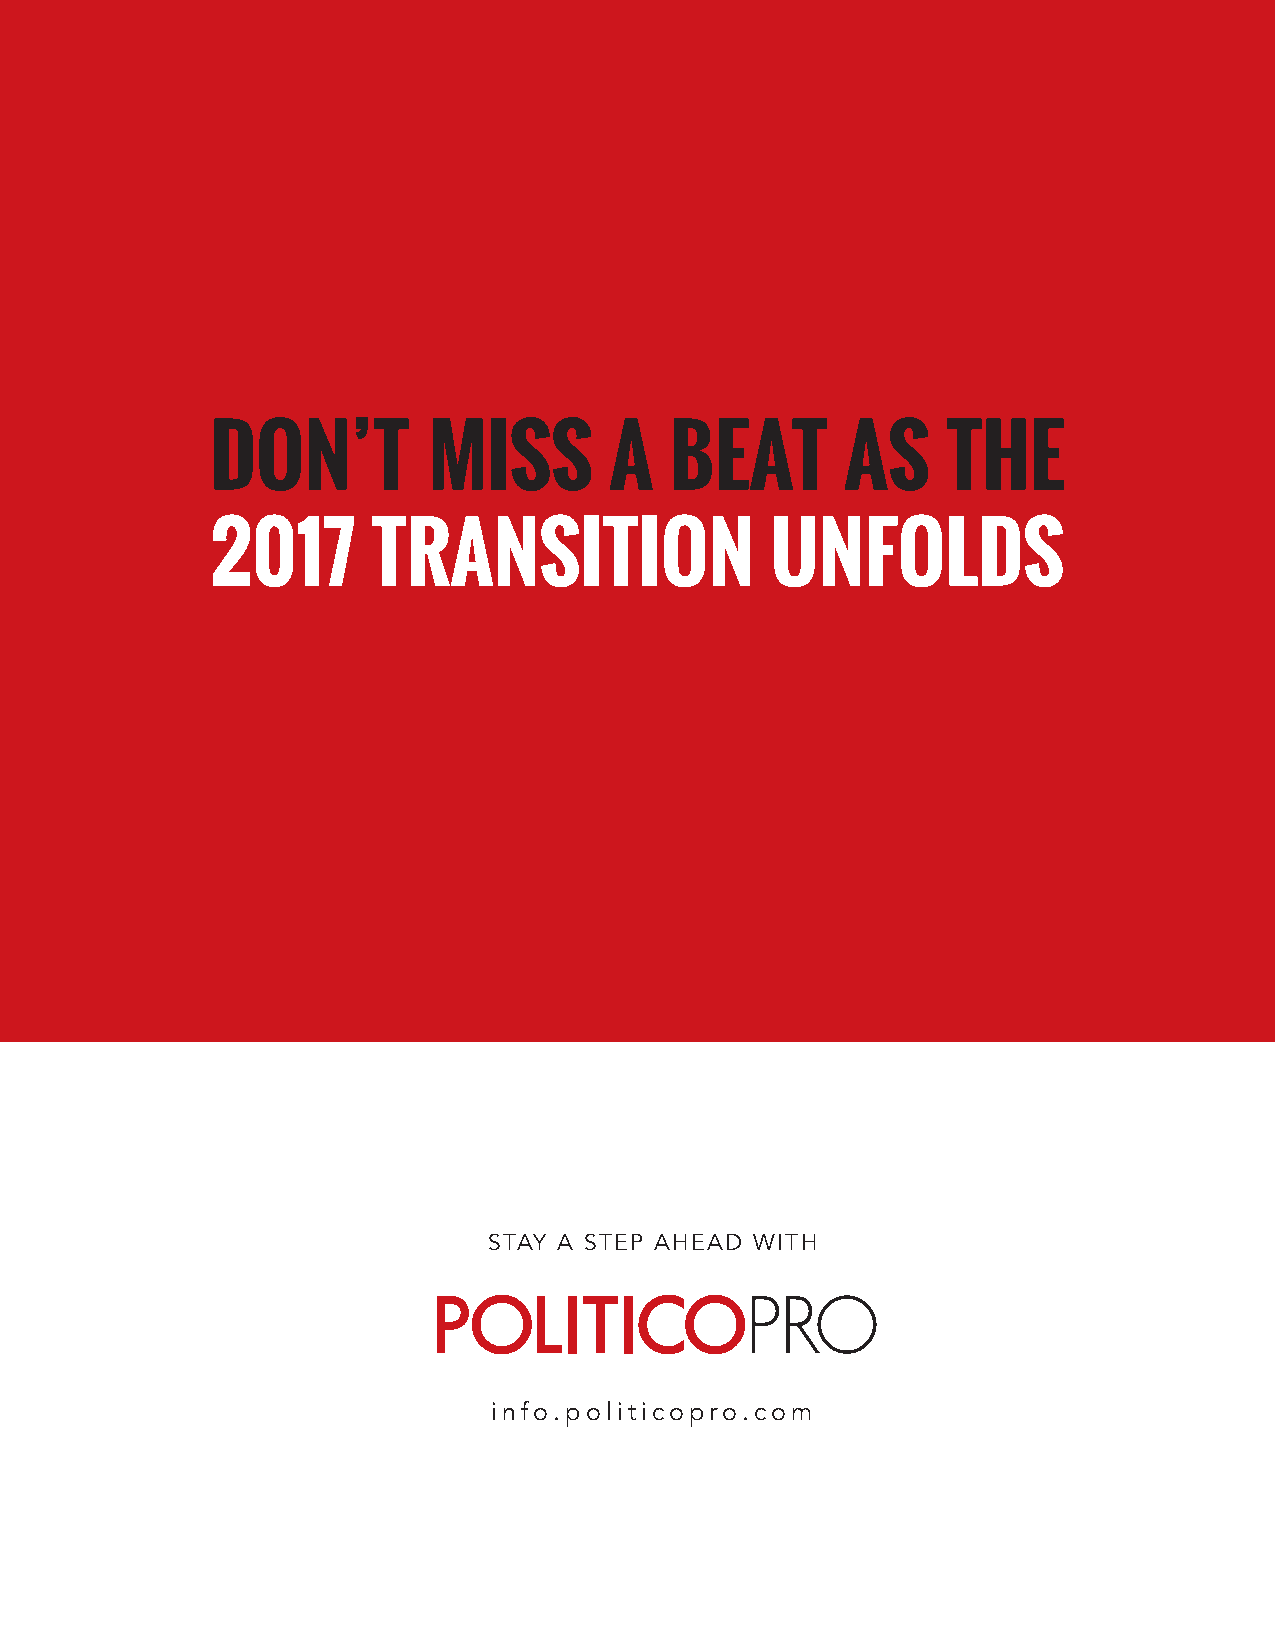
DON’T         MISS        A   BEAT        AS     THE
 2017       TRANSITION                UNFOLDS
 STAY A STEP AHEAD WITH
 info.politicopro.com
 © 2016 POLITICO Pro                      11